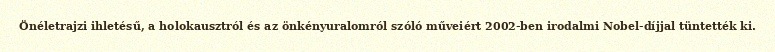
Önéletrajzi ihletésű, a holokausztról és az önkényuralomról szóló műveiért 2002-ben irodalmi Nobel-díjjal tüntették ki.